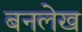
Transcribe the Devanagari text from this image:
बनलेख